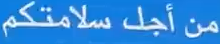
منأجلسلامتكم